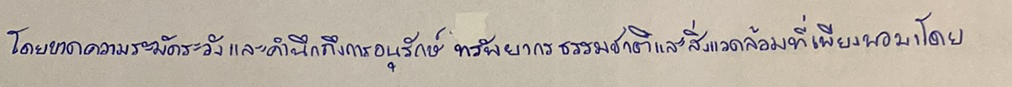
โดยขาดความระมัดระวังและคำนึงถึงการอนุรักษ์ทรัพยากรธรรมชาติและสิ่งแวดล้อมที่เพียงพอมาโดย